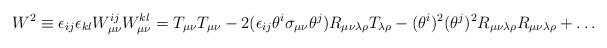
LaTeX: \begin{align*}W^2 \equiv \epsilon_{ij}\epsilon_{kl}W_{\mu\nu}^{ij}W_{\mu\nu}^{kl}=T_{\mu\nu}T_{\mu\nu}-2(\epsilon_{ij}\theta^i\sigma_{\mu\nu}\theta^j)R_{\mu\nu\lambda\rho}T_{\lambda\rho}-(\theta^i)^2(\theta^j)^2R_{\mu\nu\lambda\rho}R_{\mu\nu\lambda\rho}+\dots\end{align*}